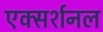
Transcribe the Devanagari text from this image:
एक्सर्शनल